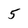
Character: 5